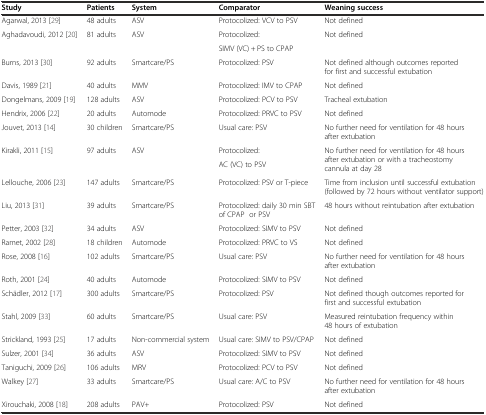
<table><thead><tr><td><b>Study</b></td><td><b>Patients</b></td><td><b>System</b></td><td><b>Comparator</b></td><td><b>Weaning success</b></td></tr></thead><tbody><tr><td>Agarwal, 2013 [29]</td><td>48 adults</td><td>ASV</td><td>Protocolized: VCV to PSV</td><td>Not defined</td></tr><tr><td rowspan="2">Aghadavoudi, 2012 [20]</td><td rowspan="2">81 adults</td><td rowspan="2">ASV</td><td>Protocolized:</td><td rowspan="2">Not defined</td></tr><tr><td>SIMV (VC) + PS to CPAP</td></tr><tr><td>Burns, 2013 [30]</td><td>92 adults</td><td>Smartcare/PS</td><td>Protocolized: PSV</td><td>Not defined although outcomes reported for first and successful extubation</td></tr><tr><td>Davis, 1989 [21]</td><td>40 adults</td><td>MMV</td><td>Protocolized: IMV to CPAP</td><td>Not defined</td></tr><tr><td>Dongelmans, 2009 [19]</td><td>128 adults</td><td>ASV</td><td>Protocolized: PCV to PSV</td><td>Tracheal extubation</td></tr><tr><td>Hendrix, 2006 [22]</td><td>20 adults</td><td>Automode</td><td>Protocolized: PRVC to PSV</td><td>Not defined</td></tr><tr><td>Jouvet, 2013 [14]</td><td>30 children</td><td>Smartcare/PS</td><td>Usual care: PSV</td><td>No further need for ventilation for 48 hours after extubation</td></tr><tr><td rowspan="2">Kirakli, 2011 [15]</td><td rowspan="2">97 adults</td><td rowspan="2">ASV</td><td>Protocolized:</td><td rowspan="2">No further need for ventilation for 48 hours after extubation or with a tracheostomy cannula at day 28</td></tr><tr><td>AC (VC) to PSV</td></tr><tr><td>Lellouche, 2006 [23]</td><td>147 adults</td><td>Smartcare/PS</td><td>Protocolized: PSV or T-piece</td><td>Time from inclusion until successful extubation (followed by 72 hours without ventilator support)</td></tr><tr><td>Liu, 2013 [31]</td><td>39 adults</td><td>Smartcare/PS</td><td>Protocolized: daily 30 min SBT of CPAP or PSV</td><td>48 hours without reintubation after extubation</td></tr><tr><td>Petter, 2003 [32]</td><td>34 adults</td><td>ASV</td><td>Protocolized: SIMV to PSV</td><td>Not defined</td></tr><tr><td>Ramet, 2002 [28]</td><td>18 children</td><td>Automode</td><td>Protocolized: PRVC to VS</td><td>Not defined</td></tr><tr><td>Rose, 2008 [16]</td><td>102 adults</td><td>Smartcare/PS</td><td>Usual care: PSV</td><td>No further need for ventilation for 48 hours after extubation</td></tr><tr><td>Roth, 2001 [24]</td><td>40 adults</td><td>Automode</td><td>Protocolized: SIMV to PSV</td><td>Not defined</td></tr><tr><td>Schädler, 2012 [17]</td><td>300 adults</td><td>Smartcare/PS</td><td>Protocolized: PSV</td><td>Not defined though outcomes reported for first and successful extubation</td></tr><tr><td>Stahl, 2009 [33]</td><td>60 adults</td><td>Smartcare/PS</td><td>Usual care: PSV</td><td>Measured reintubation frequency within 48 hours of extubation</td></tr><tr><td>Strickland, 1993 [25]</td><td>17 adults</td><td>Non-commercial system</td><td>Usual care: SIMV to PSV/CPAP</td><td>Not defined</td></tr><tr><td>Sulzer, 2001 [34]</td><td>36 adults</td><td>ASV</td><td>Protocolized: SIMV to PSV</td><td>Not defined</td></tr><tr><td>Taniguchi, 2009 [26]</td><td>106 adults</td><td>MRV</td><td>Protocolized: PCV to PSV</td><td>Not defined</td></tr><tr><td>Walkey [27]</td><td>33 adults</td><td>Smartcare/PS</td><td>Usual care: A/C to PSV</td><td>No further need for ventilation for 48 hours after extubation</td></tr><tr><td>Xirouchaki, 2008 [18]</td><td>208 adults</td><td>PAV+</td><td>Protocolized: PSV</td><td>Not defined</td></tr></tbody></table>